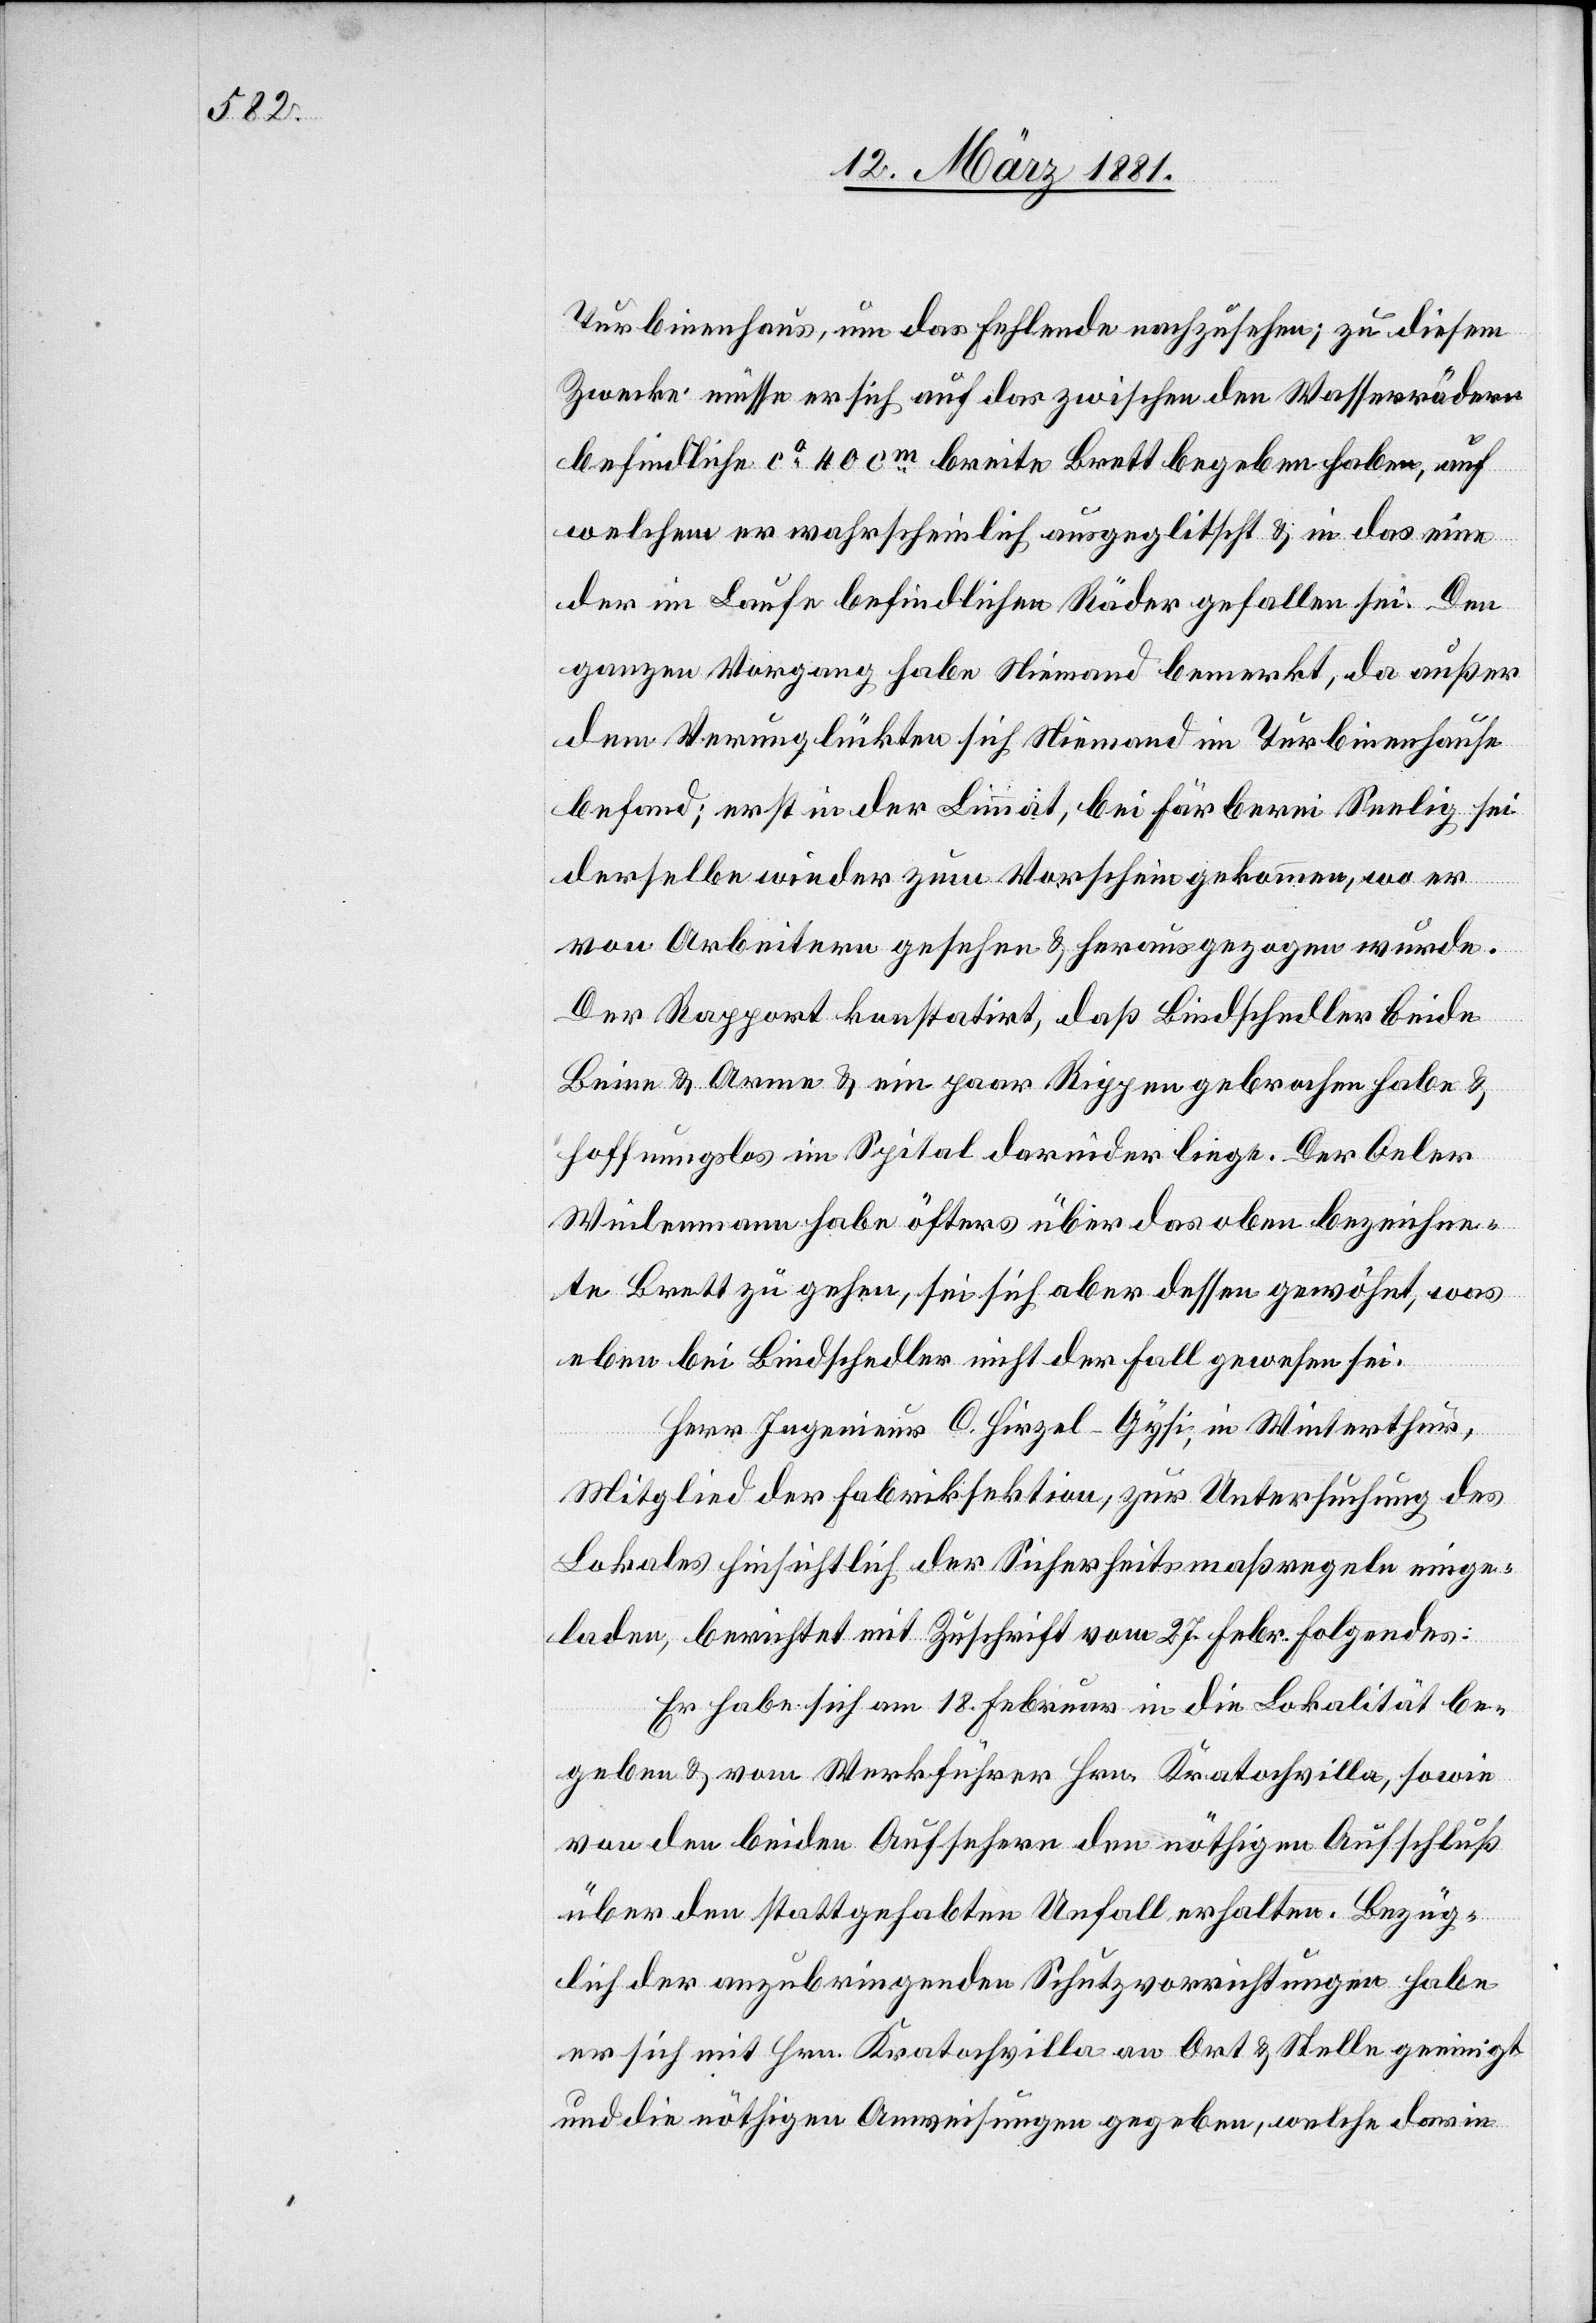
Turbinenhaus, um das fehlende nachzusehen; zu diesem
Zwecke müsse er sich auf das zwischen den Wasserrädern
befindliche ca 40 cm breite Brett begeben haben, auf
welchem er wahrscheinlich ausgeglitscht & in das eine
der im Laufe befindlichen Räder gefallen sei. Den
ganzen Vorgang habe Niemand bemerkt, da außer
dem Verunglückten sich Niemand im Turbinenhause
befand; erst in der Limmat, bei Färberei Seelig sei
derselbe wieder zum Vorschein gekommen, wo er
von Arbeitern gesehen & herausgezogen wurde.
Der Rapport konstatirt, daß Bindschedler beide
Beine & Arme & ein paar Rippen gebrochen habe &
hoffnungslos im Spital darnider liege. Der Oeler
Weilenmann habe öfters über das oben bezeichne¬
te Brett zu gehen, sei sich aber dessen gewöhnt, was
eben bei Bindschedler nicht der Fall gewesen sei.
Herr Ingenieur C. Hirzel-Gysi, in Winterthur,
Mitglied der Fabriksektion, zur Untersuchung des
Lokales hinsichtlich der Sicherheitsmaßregeln einge¬
laden, berichtet mit Zuschrift vom 27. Febr. Folgendes:
Er habe sich am 18. Februar in die Lokalität be¬
geben & vom Werkführer Hrn. Kratochvilla, sowie
von den beiden Aufsehern den nöthigen Aufschluß
über den stattgehabten Unfall erhalten. Bezüg¬
lich der anzubringenden Schutzvorrichtungen habe
er sich mit Hrn. Kratochvilla an Ort & Stelle geeinigt
und die nöthigen Anweisungen gegeben, welche darin